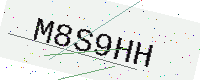
Text: M8S9HH